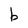
Character: b